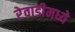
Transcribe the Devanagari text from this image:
रेवाडीमध्ये